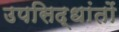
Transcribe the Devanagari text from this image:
उपसिद्धांतों